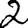
Digit: 2